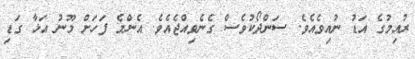
ރުއިމުގެ އަޑު ނުއިވެއެވެ. ސަންދޯކުވެސް ގެނެވިއްޖެއެވެ. އެންމެ ފަހަށް މޫނު އަޅާ ގަޑި